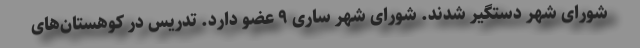
شورای شهر دستگیر شدند. شورای شهر ساری ۹ عضو دارد. تدریس در کوهستان‌های